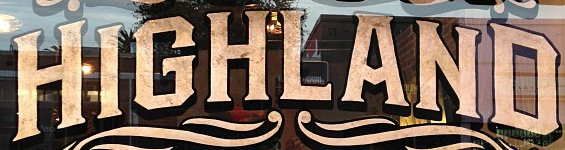
HIGHLAND